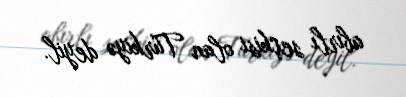
abırlı seçkisi olan Türkiyə deyil.